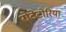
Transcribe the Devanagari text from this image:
रोटेटोरिया